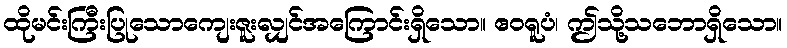
ထိုမင်းကြီးပြုသောကျေးဇူးလျှင်အကြောင်းရှိသော။ ဧဝရူပံ၊ ဤသို့သဘောရှိသော။